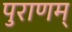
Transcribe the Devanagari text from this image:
पुराणम्‌